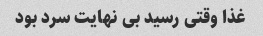
غذا وقتی رسید بی نهایت سرد بود